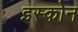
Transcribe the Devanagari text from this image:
इस्कोन